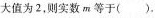
大值为2，则实数m等于( )。